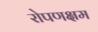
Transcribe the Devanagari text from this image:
रोपणक्षम